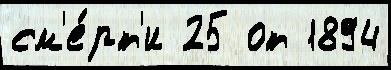
см'е́рт'и 25 от 1894